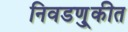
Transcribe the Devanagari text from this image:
निवडणु्कीत